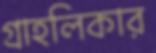
গ্রাহলিকার